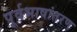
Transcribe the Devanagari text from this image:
पूर्वभाषांतरण